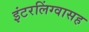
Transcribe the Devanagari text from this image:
इंटरलिंग्वासह